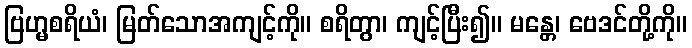
ဗြဟ္မစရိယံ၊ မြတ်သောအကျင့်ကို။ စရိတွာ၊ ကျင့်ပြီး၍။ မန္တေ၊ ဗေဒင်တို့ကို။